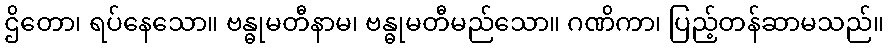
ဌိတော၊ ရပ်နေသော။ ဗန္ဓုမတီနာမ၊ ဗန္ဓုမတီမည်သော။ ဂဏိကာ၊ ပြည့်တန်ဆာမသည်။